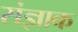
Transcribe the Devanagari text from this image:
संज्ञाक